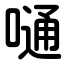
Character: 嗵